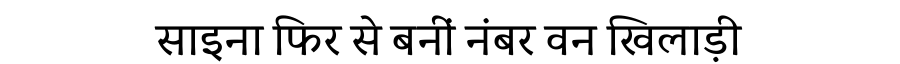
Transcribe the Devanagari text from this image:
साइना फिर से बनीं नंबर वन खिलाड़ी